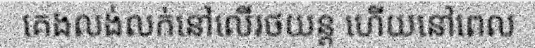
គេងលង់លក់នៅលើរថយន្ត ហើយនៅពេល